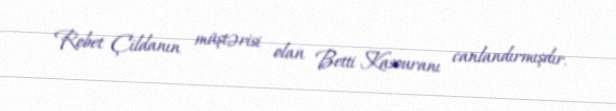
Robet Çildanın müştərisi olan Betti Kasouranı canlandırmışdır.